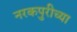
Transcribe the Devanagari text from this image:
नरकपुरीच्या